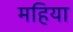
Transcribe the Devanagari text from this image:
महिया